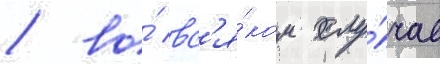
/ во́ вс'я́ком слу́чае